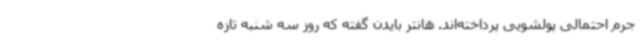
جرم احتمالی پولشویی پرداخته‌اند. هانتر بایدن گفته که روز سه شنبه تازه